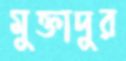
মুক্তাদুর